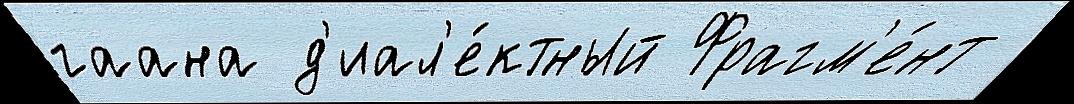
гаана д'иал'е́ктный Фрагм'е́нт